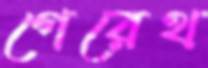
গেরেথ